Scottish Certificate of Education, 1963
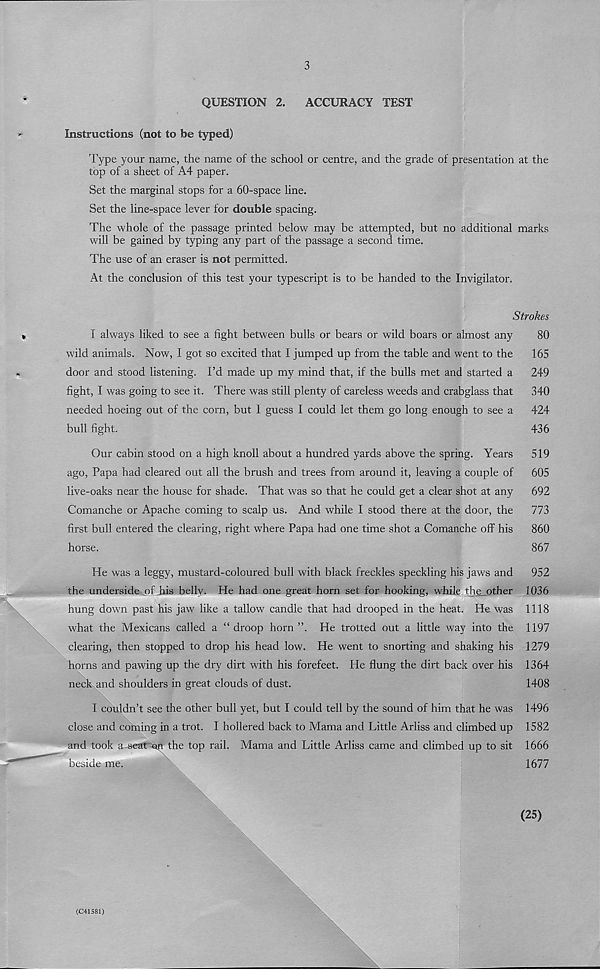
3
QUESTION 2.
ACCURACY TEST
Instructions (not to be typed)
Type your name, the name of the school or centre, and the grade of presentation at the
top of a sheet of A4 paper.
Set the marginal stops for a 60-space line.
Set the line-space lever for double spacing.
The whole of the passage printed below may be attempted, but no additional marks
will be gained by typing any part of the passage a second time.
The use of an eraser is not permitted.
At the conclusion of this test your typescript is to be handed to the Invigilator.
Strokes
I always liked to see a fight between bulls or bears or wild boars or almost any
80
wild animals. Now, I got so excited that I jumped up from the table and went to the
165
door and stood listening. I’d made up my mind that, if the bulls met and started a
249
fight, I was going to see it. There was still plenty of careless weeds and crabglass that
340
needed hoeing out of the corn, but I guess I could let them go long enough to see a
424
bull fight.
436
Our cabin stood on a high knoll about a hundred yards above the spring. Years
519
ago, Papa had cleared out all the brush and trees from around it, leaving a couple of
605
live-oaks near the house for shade. That was so that he could get a clear shot at any
692
Comanche or Apache coming to scalp us. And while I stood there at the door, the
773
first bull entered the clearing, right where Papa had one time shot a Comanche off his
860
horse.
867
He was a leggy, mustard-coloured bull with black freckles speckling his jaws and
952
the underside of his belly. He had one great horn set for hooking, while the other 1036
hung down past his jaw like a tallow candle that had drooped in the heat. He was 1118
what the Mexicans called a “ droop horn ”. He trotted out a little way into the 1197
clearing, then stopped to drop his head low. He went to snorting and shaking his 1279
horns and pawing up the dry dirt with his forefeet. He flung the dirt back over his 1364
neck and shoulders in great clouds of dust.
1408
I couldn’t see the other bull yet, but I could tell by the sound of him that he was 1496
close and coming in a trot. I hollered back to Mama and Little Arliss and climbed up 1582
and took a sear^ the top rail. Mama and Little Arliss came and climbed up to sit 1666
beside me.
1677
(25)
(€41581)